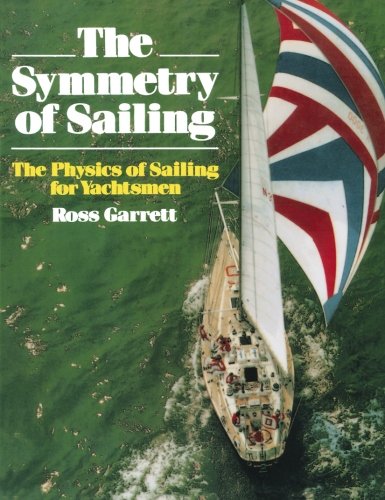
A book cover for The Symmetry of Sailing: The Physics of Sailing for Yachtsman; Ross Garrett; Engineering & Transportation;